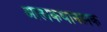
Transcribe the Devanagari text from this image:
आत्मकथानत्मक